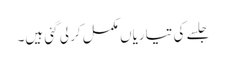
جلسے کی تیاریاں مکمل کر لی گئی ہیں۔